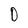
Character: 0